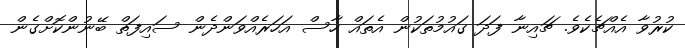
ކުރުވާ އެއްޗެކެވެ. ޗައިނާ ފަދަ ގައުމުތަކުން އެތައް ހާސް އަހަރެއްވަންދެން ސައިފަތް ބޭނުންކޮށްގެން